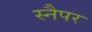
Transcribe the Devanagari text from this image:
स्नैपर